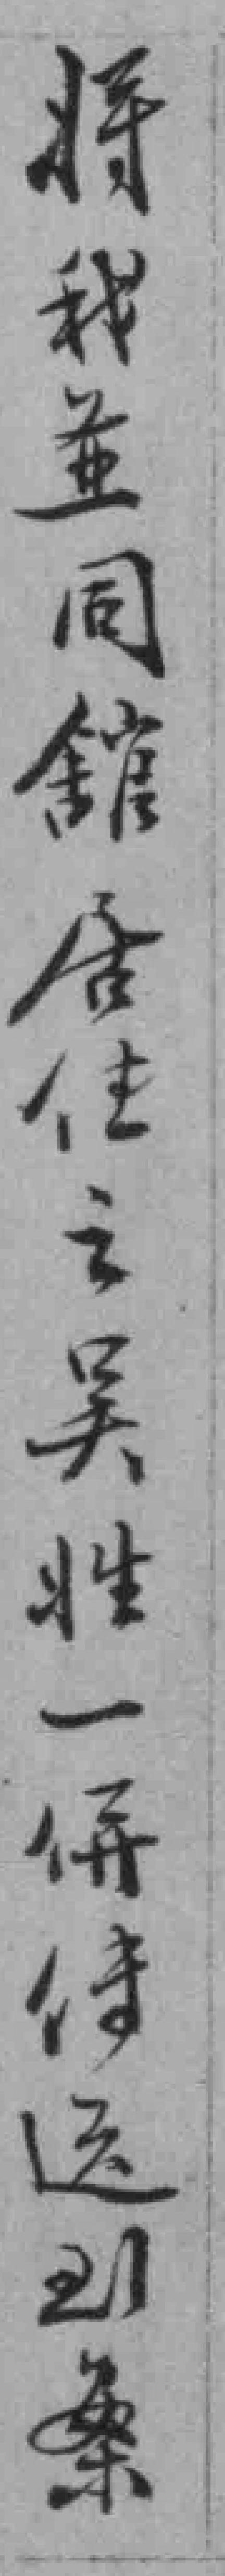
将我並同舘居住之吴*一併侍送到岸